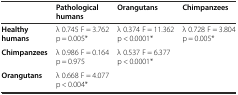
<table><thead><tr><td></td><td><b>Pathological humans</b></td><td><b>Orangutans</b></td><td><b>Chimpanzees</b></td></tr></thead><tbody><tr><td><b>Healthy humans</b></td><td>λ 0.745 F = 3.762 p = 0.005*</td><td>λ 0.374 F = 11.362 p &lt; 0.0001*</td><td>λ 0.728 F = 3.804 p = 0.005*</td></tr><tr><td><b>Chimpanzees</b></td><td>λ 0.986 F = 0.164 p = 0.975</td><td>λ 0.537 F = 6.377 p &lt; 0.0001*</td><td></td></tr><tr><td><b>Orangutans</b></td><td>λ 0.668 F = 4.077 p &lt; 0.004*</td><td></td><td></td></tr></tbody></table>